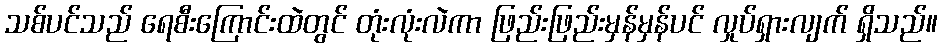
သစ်ပင်သည် ရေစီးကြောင်းထဲတွင် တုံးလုံးလဲကာ ဖြည်းဖြည်းမှန်မှန်ပင် လှုပ်ရှားလျက် ရှိသည်။